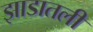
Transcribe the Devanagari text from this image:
झाडातली